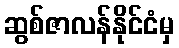
ဆွစ်ဇာလန်နိုင်ငံမှ